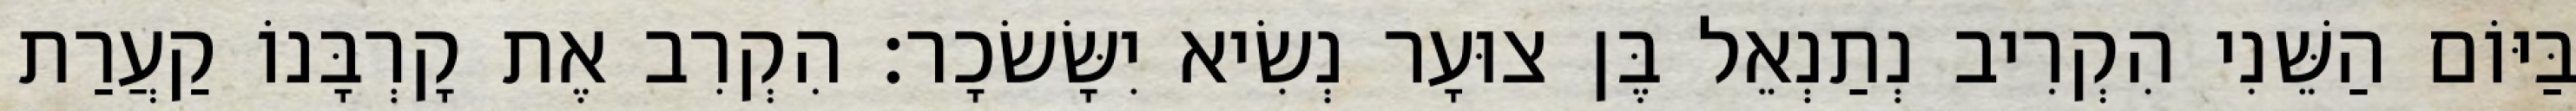
בַּיּוֹם הַשֵּׁנִי הִקְרִיב נְתַנְאֵל בֶּן צוּעָר נְשִׂיא יִשָּׂשׂכָר׃ הִקְרִב אֶת קָרְבָּנוֹ קַעֲרַת